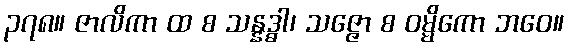
၃၇၈။ ဇာလိကာ ထ စ သန္နဒ္ဓါ၊ သဇ္ဇော စ ဝမ္မိကော ဘဝေ။